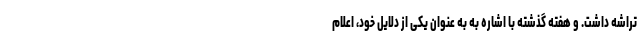
تراشه داشت. و هفته گذشته با اشاره به به عنوان یکی از دلایل خود، اعلام